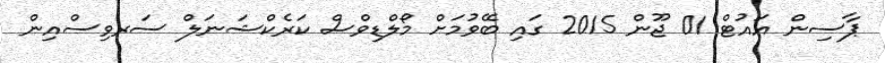
ޕާސިން އައުޓް 01 ޖޫން 2015 ގައި ބޭވުމަށް މޯލްޑިވްސް ކަރެކްޝަނަލް ސަރވިސްއިން